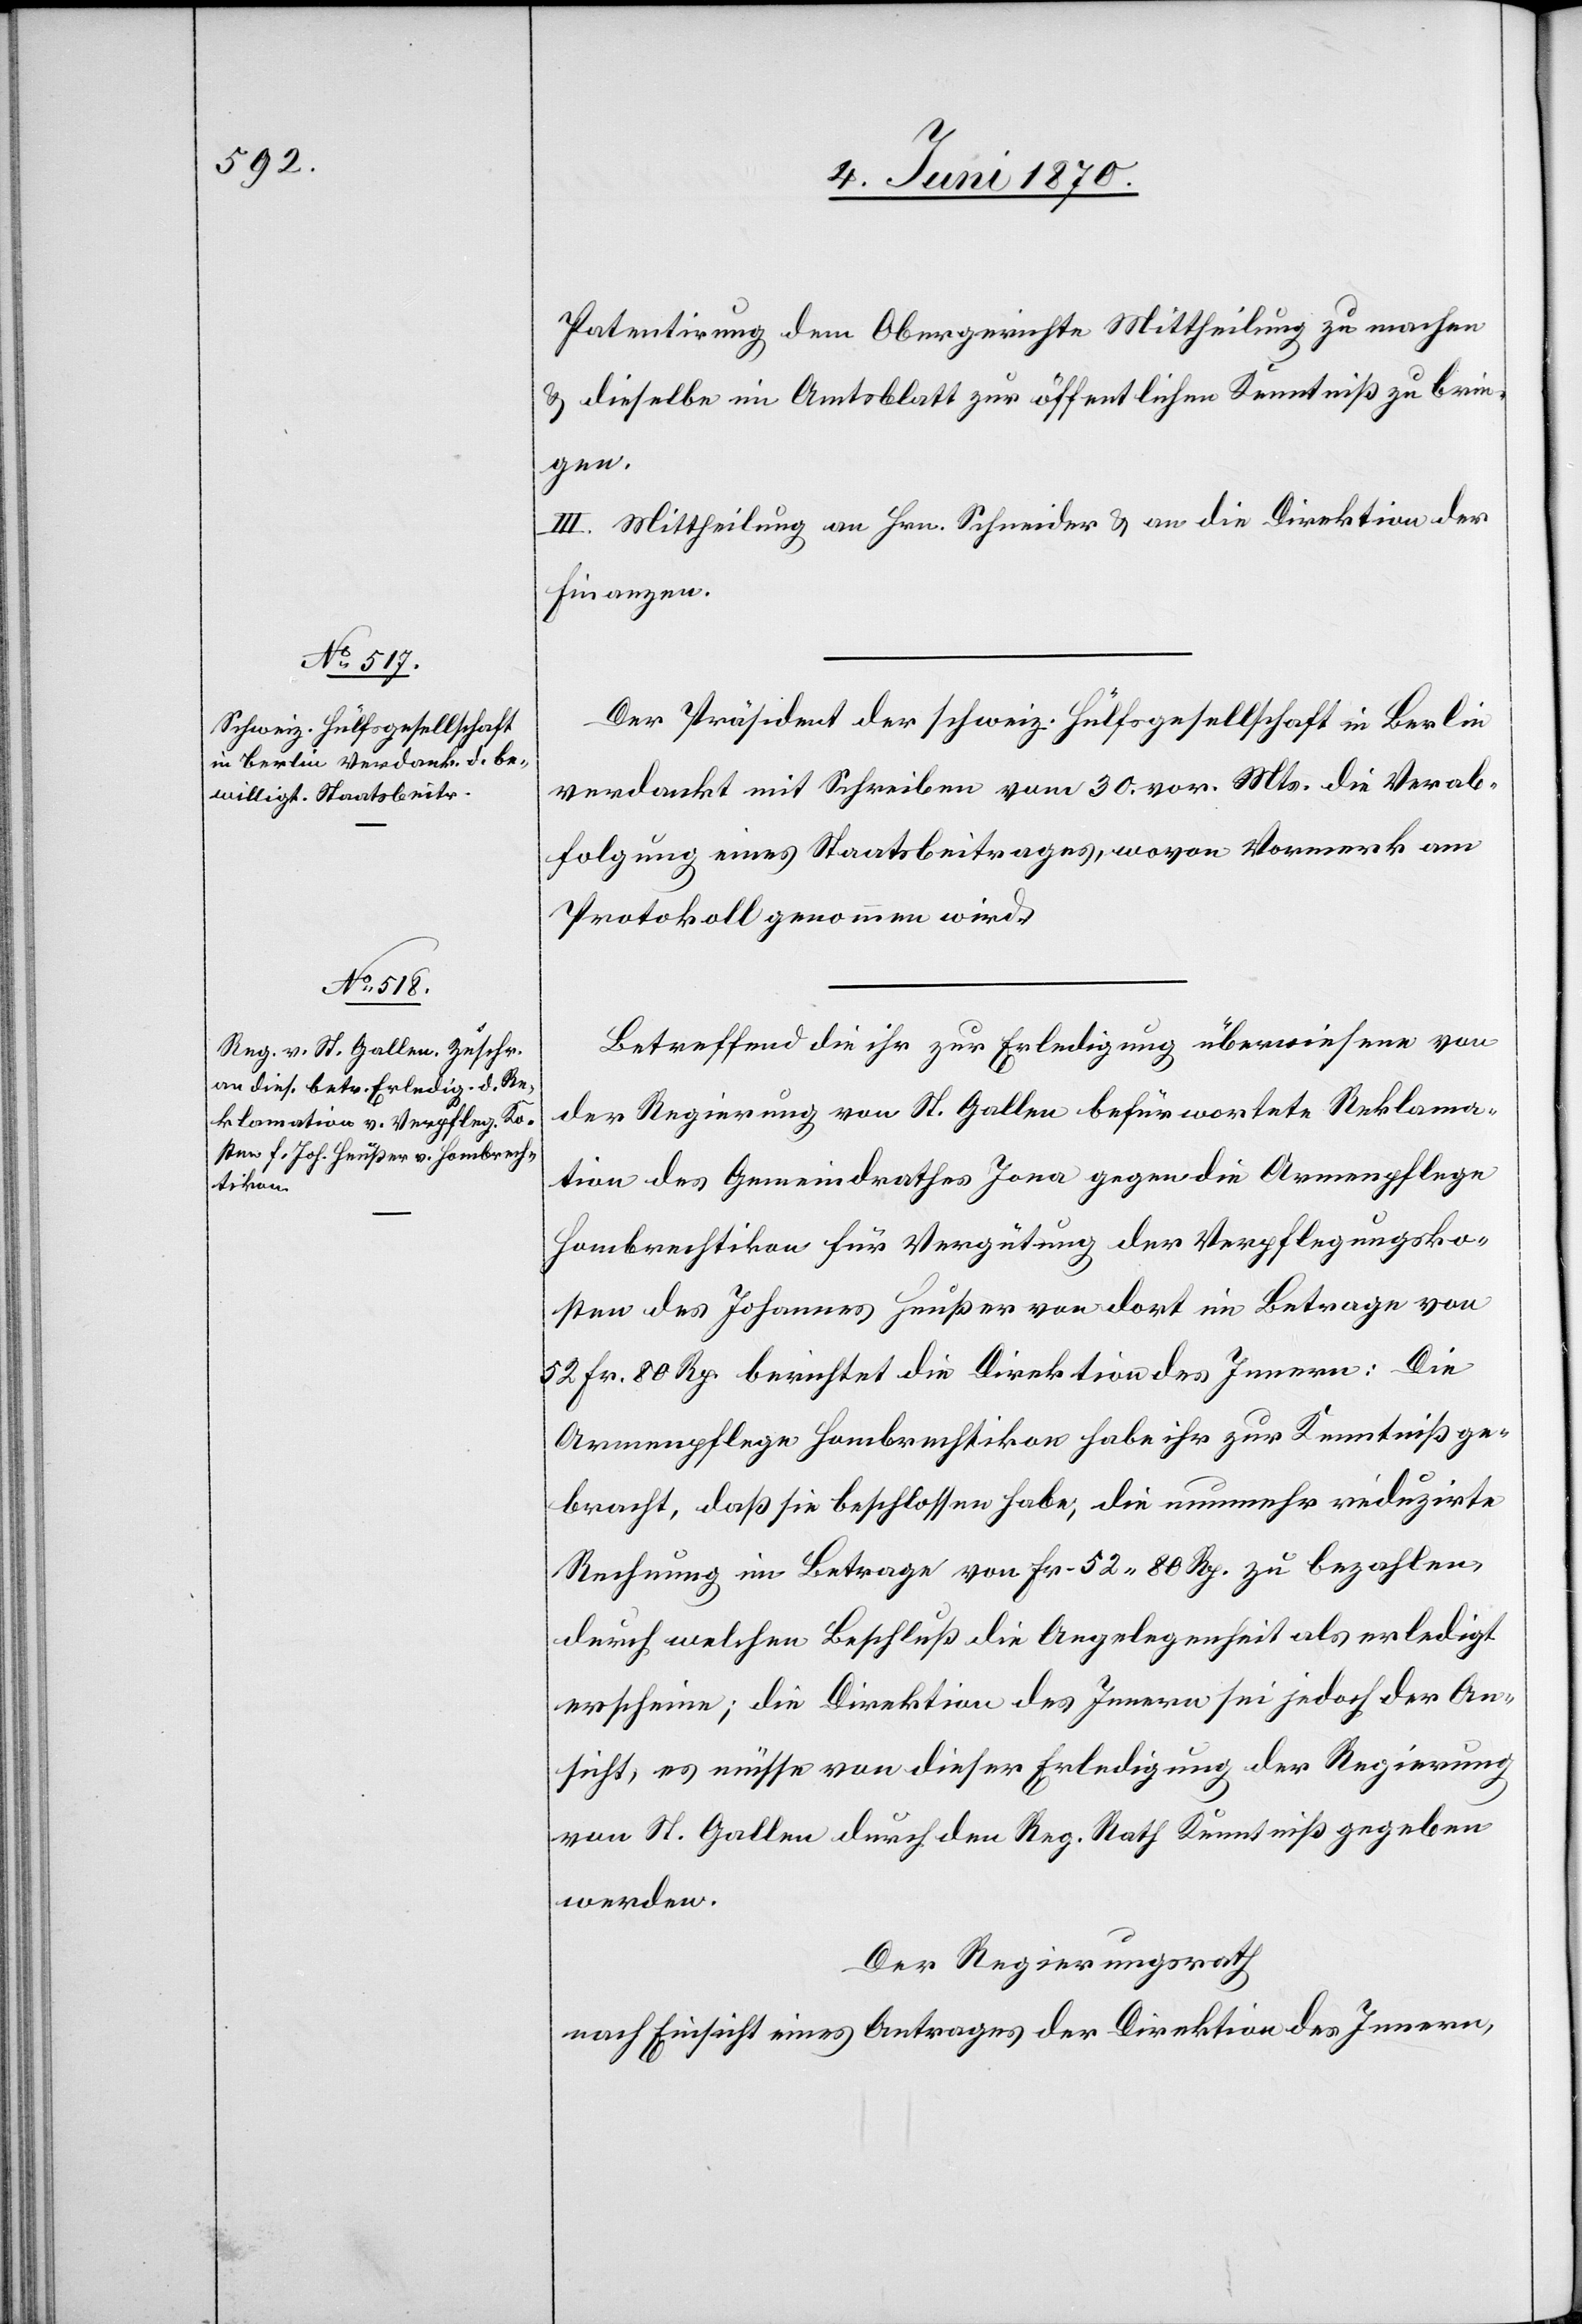
Patentirung dem Obergerichte Mittheilung zu machen
& dieselbe im Amtsblatt zur öffentlichen Kenntniß zu brin¬
gen.
III. Mittheilung an Hrn. Schneider & an die Direktion der
Finanzen.
Der Präsident der schweiz. Hülfsgesellschaft in Berlin
verdankt mit Schreiben vom 30. vor. Mts. die Verab¬
folgung eines Staatsbeitrages, wovon Vormerk am
Protokoll genommen wird.
Betreffend die ihr zur Erledigung überwiesene von
der Regierung von St. Gallen befürwortete Reklama¬
tion des Gemeindrathes Jona gegen die Armenpflege
Hombrechtikon für Vergütung der Verpflegungsko¬
sten des Johannes Heußer von dort im Betrage von
52 Fr. 80 Rp. berichtet die Direktion des Innern: Die
Armenpflege Hombrechtikon habe ihr zur Kenntniß ge¬
bracht, daß sie beschlossen habe, die nunmehr reduzirte
Rechnung im Betrage von Fr. 52. 80 Rp. zu bezahlen,
durch welchen Beschluß die Angelegenheit als erledigt
erscheine; die Direktion des Innern sei jedoch der An¬
sicht, es müsse von dieser Erledigung der Regierung
von St. Gallen durch den Reg. Rath Kenntniß gegeben
werden.
Der Regierungsrath
nach Einsicht eines Antrages der Direktion des Innern,